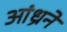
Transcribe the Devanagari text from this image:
आंध्रने